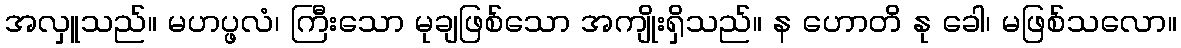
အလှူသည်။ မဟပ္ဖလံ၊ ကြီးသော မုချဖြစ်သော အကျိုးရှိသည်။ န ဟောတိ နု ခေါ၊ မဖြစ်သလော။